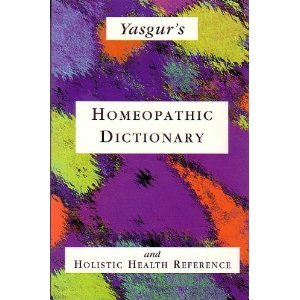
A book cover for Yasgur's Homeopathic Dictionary and Holistic Health Reference; Jay Yasgur; Health, Fitness & Dieting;